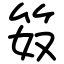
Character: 笯